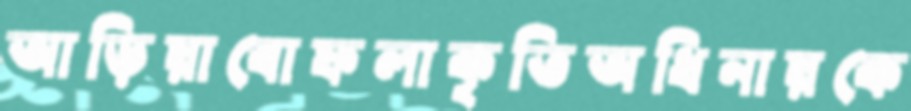
আড়িয়াবোফলাকৃতিঅধিনায়কে